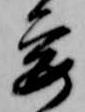
要